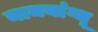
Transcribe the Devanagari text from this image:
नामयांग्जू